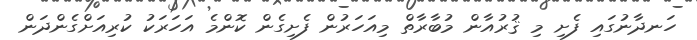
ހަނދާނުގައި ފެށި މި ޤުރުއާން މުބާރާތް މިއަހަރުން ފެށިގެން ކޮންމެ އަހަރަކު ކުރިއަށްގެންދަން